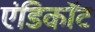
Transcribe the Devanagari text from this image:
एंडिकॉट